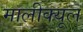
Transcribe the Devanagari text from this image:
मालीक्यूल